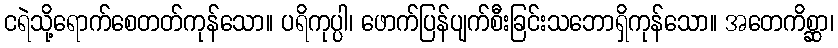
ငရဲသို့ရောက်စေတတ်ကုန်သော။ ပရိကုပ္ပါ၊ ဖောက်ပြန်ပျက်စီးခြင်းသဘောရှိကုန်သော။ အတေကိစ္ဆာ၊